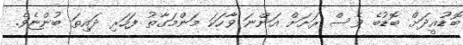
ބޮޑުއީދަށް ބޮޑުބެ ވެސް ރަށަށް އަންނަ ވާހަކަ މަންމަގާތު ފަހަރި ދައިތަ ބުންޏެވެ.